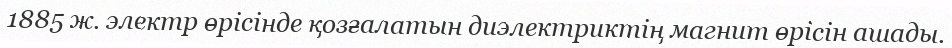
1885 ж. электр өрiсiнде қозғалатын диэлектриктiң магнит өрiсiн ашады.